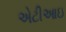
એટીઆઇ